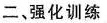
二、强化训练